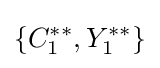
\lbrace C_{1}^{**},Y_{1}^{**}\rbrace